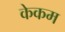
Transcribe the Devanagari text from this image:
केकम